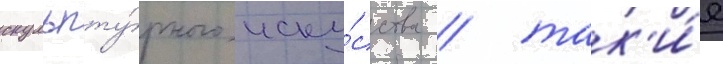
скульпту́рного иску́сства / так'и́е